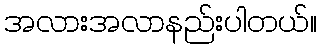
အလားအလာနည်းပါတယ်။